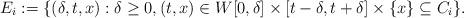
LaTeX: \begin{align*}E_i := \{ (\delta, t, x) : \delta \geq 0, (t,x) \in W [0,\delta] \times [t - \delta, t + \delta] \times \{x\} \subseteq C_i \}.\end{align*}